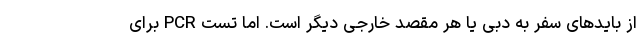
از بایدهای سفر به دبی یا هر مقصد خارجی دیگر است. اما تست PCR برای